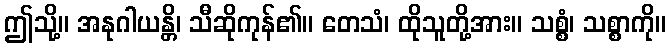
ဤသို့။ အနုဂါယန္တိ၊ သီဆိုကုန်၏။ တေသံ၊ ထိုသူတို့အား။ သစ္စံ၊ သစ္စာကို။